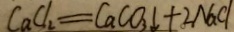
C a C _ { 2 } = C a C O _ { 3 } \downarrow + 2 N a C l